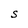
Character: S